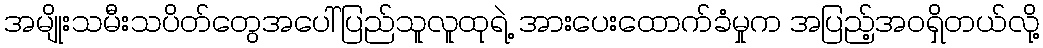
အမျိုးသမီးသပိတ်တွေအပေါ်ပြည်သူလူထုရဲ့ အားပေးထောက်ခံမှုက အပြည့်အဝရှိတယ်လို့